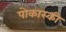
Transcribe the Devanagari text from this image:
पोकास्की